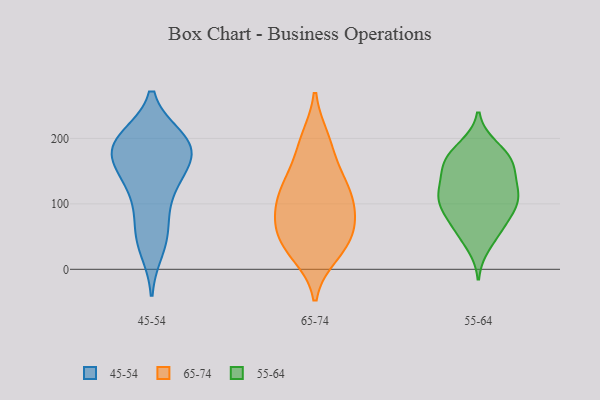
{"axis": {"x": "Energy Usage (MWh)", "y": "Value"}, "legend": ["45-54", "55-64", "65-74"], "data": [{"x": "", "y": 56, "type": "45-54"}, {"x": "", "y": 182, "type": "45-54"}, {"x": "", "y": 123, "type": "45-54"}, {"x": "", "y": 147, "type": "45-54"}, {"x": "", "y": 174, "type": "45-54"}, {"x": "", "y": 108, "type": "45-54"}, {"x": "", "y": 189, "type": "45-54"}, {"x": "", "y": 32, "type": "45-54"}, {"x": "", "y": 149, "type": "45-54"}, {"x": "", "y": 187, "type": "45-54"}, {"x": "", "y": 195, "type": "45-54"}, {"x": "", "y": 57, "type": "45-54"}, {"x": "", "y": 193, "type": "45-54"}, {"x": "", "y": 199, "type": "45-54"}, {"x": "", "y": 144, "type": "65-74"}, {"x": "", "y": 100, "type": "65-74"}, {"x": "", "y": 29, "type": "65-74"}, {"x": "", "y": 66, "type": "65-74"}, {"x": "", "y": 23, "type": "65-74"}, {"x": "", "y": 199, "type": "65-74"}, {"x": "", "y": 95, "type": "65-74"}, {"x": "", "y": 112, "type": "65-74"}, {"x": "", "y": 193, "type": "65-74"}, {"x": "", "y": 115, "type": "65-74"}, {"x": "", "y": 62, "type": "65-74"}, {"x": "", "y": 142, "type": "65-74"}, {"x": "", "y": 60, "type": "65-74"}, {"x": "", "y": 39, "type": "65-74"}, {"x": "", "y": 170, "type": "55-64"}, {"x": "", "y": 150, "type": "55-64"}, {"x": "", "y": 161, "type": "55-64"}, {"x": "", "y": 58, "type": "55-64"}, {"x": "", "y": 184, "type": "55-64"}, {"x": "", "y": 104, "type": "55-64"}, {"x": "", "y": 188, "type": "55-64"}, {"x": "", "y": 114, "type": "55-64"}, {"x": "", "y": 167, "type": "55-64"}, {"x": "", "y": 36, "type": "55-64"}, {"x": "", "y": 119, "type": "55-64"}, {"x": "", "y": 73, "type": "55-64"}, {"x": "", "y": 58, "type": "55-64"}, {"x": "", "y": 86, "type": "55-64"}, {"x": "", "y": 91, "type": "55-64"}, {"x": "", "y": 113, "type": "55-64"}, {"x": "", "y": 157, "type": "55-64"}, {"x": "", "y": 143, "type": "55-64"}, {"x": "", "y": 103, "type": "55-64"}, {"x": "", "y": 118, "type": "55-64"}]}